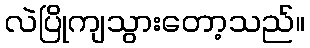
လဲပြိုကျသွားတော့သည်။